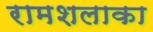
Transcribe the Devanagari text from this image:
रामशलाका